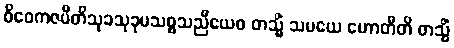
ဝိဝေကဇပီတိသုခသုခုမသစ္စသညီယေဝ တသ္မိံ သမယေ ဟောတီတိ တသ္မိံ